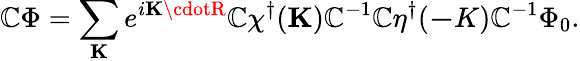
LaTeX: \mathbb{C}\Phi=\sum_{\mathbf{K}}e^{i{\mathbf{K}\cdotR}}\mathbb{C}\chi^{\dagger}({\mathbf{K}})\mathbb{C}^{-1}\mathbb{C}\eta^{\dagger}({\mathbf{-}K})\mathbb{C}^{-1}\Phi_{0}.